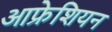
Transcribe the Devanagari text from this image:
आफ्रेशियन